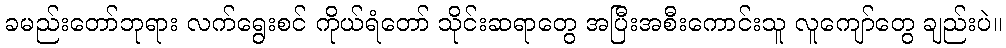
ခမည်းတော်ဘုရား လက်ရွေးစင် ကိုယ်ရံတော် သိုင်းဆရာတွေ အပြီးအစီးကောင်းသူ လူကျော်တွေ ချည်းပဲ။